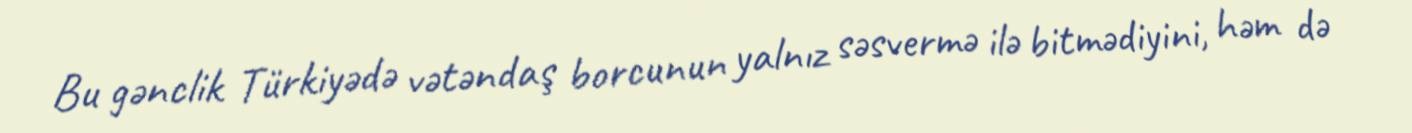
Bu gənclik Türkiyədə vətəndaş borcunun yalnız səsvermə ilə bitmədiyini, həm də